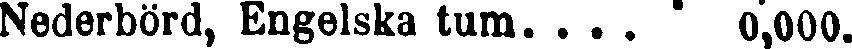
Nederbörd, Engelska tum. . . . 0,000.